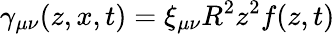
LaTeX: \gamma_{\mu\nu}(z,x,t)=\xi_{\mu\nu}R^{2}z^{2}f(z,t)